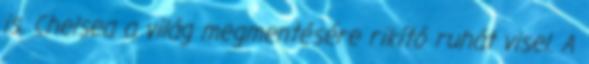
is. Chelsea a világ megmentésére rikító ruhát visel. A